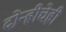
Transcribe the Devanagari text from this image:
दोन्हीचेही